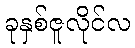
ခုနှစ်ဇူလိုင်လ